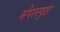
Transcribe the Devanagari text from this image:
मेपलवुड